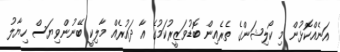
އަނެއްކޮޅުން މި ކޯލިޝަންގެ ތެރެއިން ބޮޑުވަޒީރުކަމުގެ އާ ދައުރެއް މާލިކީ ބޭނުންވިޔަސް ހިޔާލު